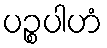
ပဉ္စပါဟံ